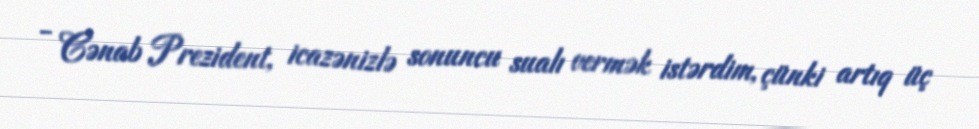
- Cənab Prezident, icazənizlə sonuncu sualı vermək istərdim, çünki artıq üç